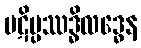
ပဋိပ္ပဿဒ္ဓိလဒ္ဓေန